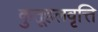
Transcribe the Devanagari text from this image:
कुतूहलवृत्ति